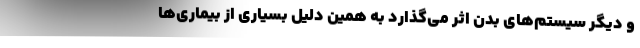
و دیگر سیستم‌های بدن اثر می‌گذارد به همین دلیل بسیاری از بیماری‌ها